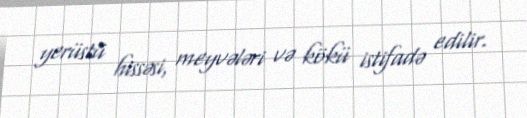
yerüstü hissəsi, meyvələri və kökü istifadə edilir.